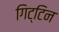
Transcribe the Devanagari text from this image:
गिट्टिन